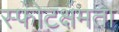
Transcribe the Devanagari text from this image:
स्फोटक्षमता